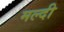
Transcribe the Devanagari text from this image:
मल्दी